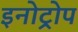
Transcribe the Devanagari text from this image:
इनोट्रोप